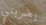
يضربني